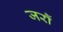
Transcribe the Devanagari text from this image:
जरौं